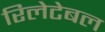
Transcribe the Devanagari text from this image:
रिलेटेबल